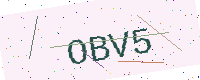
Text: OBV5